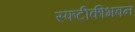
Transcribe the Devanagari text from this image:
स्फटीकीभवन